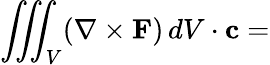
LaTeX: \iiint_{V}(\nabla\times\mathbf{F})\, dV\cdot\mathbf{c}=